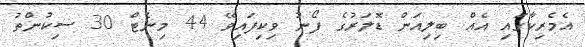
އެމެރިކާގައި އެއް ބިލިއަން ޑޮލަރުގެ ފޯނު ވިކިފައިވޭ 44 މިނެޓް 30 ސިކުންތު